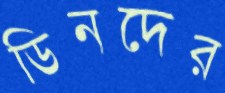
ডিনদের